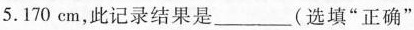
5. 170 cm，此记录结果是___(选填”正确”